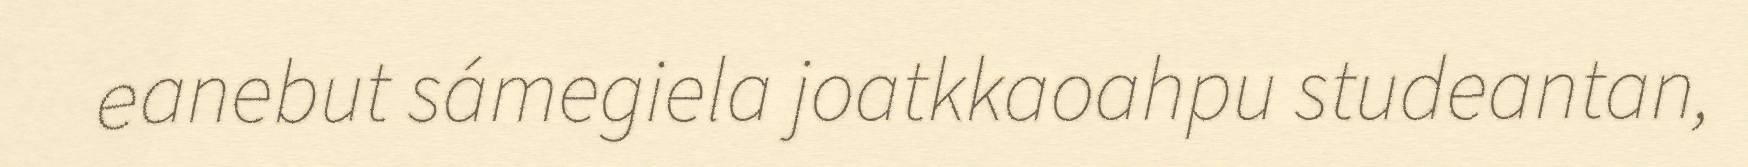
eanebut sámegiela joatkkaoahpu studeantan,